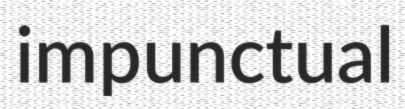
impunctual